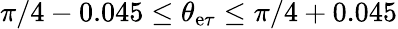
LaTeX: \pi/4-0.045\leq\theta_{\mathrm{e}\tau}\leq\pi/4+0.045